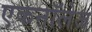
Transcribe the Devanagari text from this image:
एकनॉलेज